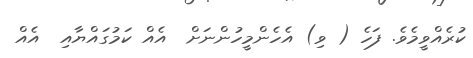
ކުރެއްވީމެވެ. ފަހެ ( ވި) އެހެންމީހުންނަށް  އެއް ކަމުގައްޔާއި  އެއް